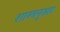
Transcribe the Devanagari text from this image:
शास्त्रनुसार